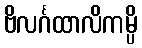
ဗိလင်္ဂထာလိကမ္ပိ